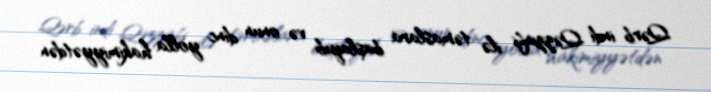
Qərb indi Qəzzafi ilə təmaslara başlayıb və onun dinc yolla hakimiyyətdən